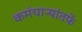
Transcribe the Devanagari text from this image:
कर्मचाऱ्यांतर्फे